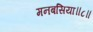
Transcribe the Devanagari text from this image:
मनबसिया॥८॥